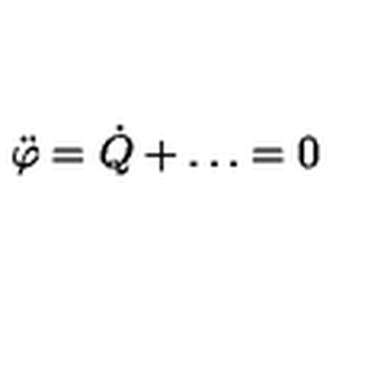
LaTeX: { \ddot { \varphi } } = { \dot { Q } } + \dots = 0